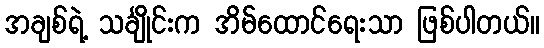
အချစ်ရဲ့ သင်္ချိုင်းက အိမ်ထောင်ရေးသာ ဖြစ်ပါတယ်။